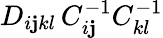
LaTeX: D_{i\mathbf{j}kl}\, C_{i\mathbf{j}}^{-1}C_{kl}^{-1}